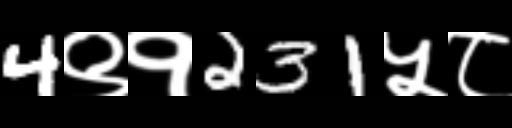
Text: 4९१231५८